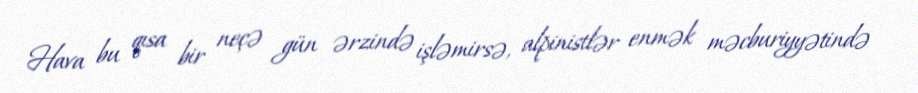
Hava bu qısa bir neçə gün ərzində işləmirsə, alpinistlər enmək məcburiyyətində